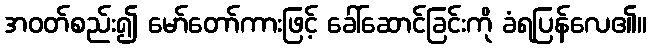
အဝတ်စည်း၍ မော်တော်ကားဖြင့် ခေါ်ဆောင်ခြင်းကို ခံရပြန်လေ၏။